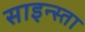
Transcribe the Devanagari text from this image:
साइन्स्ता